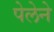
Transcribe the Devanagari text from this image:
पेलेने